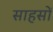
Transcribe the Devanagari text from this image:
साहसों